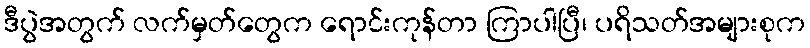
ဒီပွဲအတွက် လက်မှတ်တွေက ရောင်းကုန်တာ ကြာပါပြီ၊ ပရိသတ်အများစုက